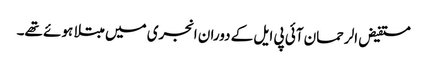
مستفیض الرحمان آئی پی ایل کے دوران انجری میں مبتلا ہوئے تھے۔